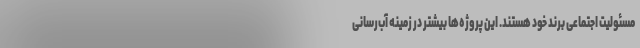
مسئولیت اجتماعی برند خود هستند. این پروژه‌ها بیشتر در زمینه آب‌رسانی